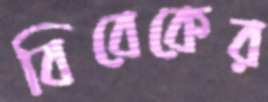
বিবেকের